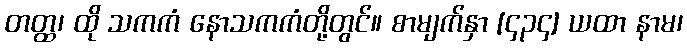
တတ္ထ၊ ထို သကကံ နောသကကံတို့တွင်။ စာမျက်နှာ [၄၃၄] ယထာ နာမ၊